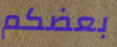
بعضكم